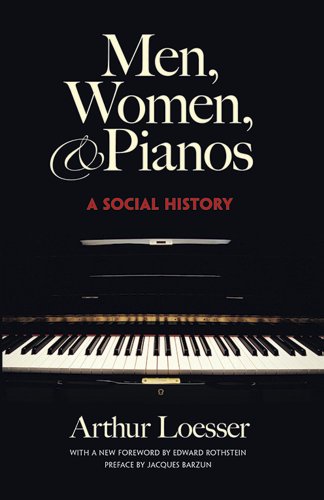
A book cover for Men, Women and Pianos: A Social History (Dover Books on Music); Arthur Loesser; Politics & Social Sciences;